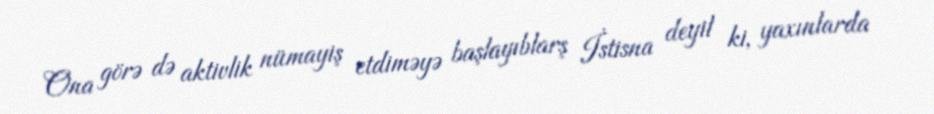
Ona görə də aktivlik nümayiş etdiməyə başlayıblarş İstisna deyil ki, yaxınlarda